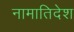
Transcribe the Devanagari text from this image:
नामातिदेश